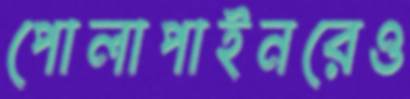
পোলাপাইনরেও